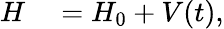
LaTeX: \begin{array}{rl}{H}&{{}=H_{0}+V(t),}\end{array}